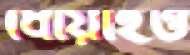
ধোয়াইও